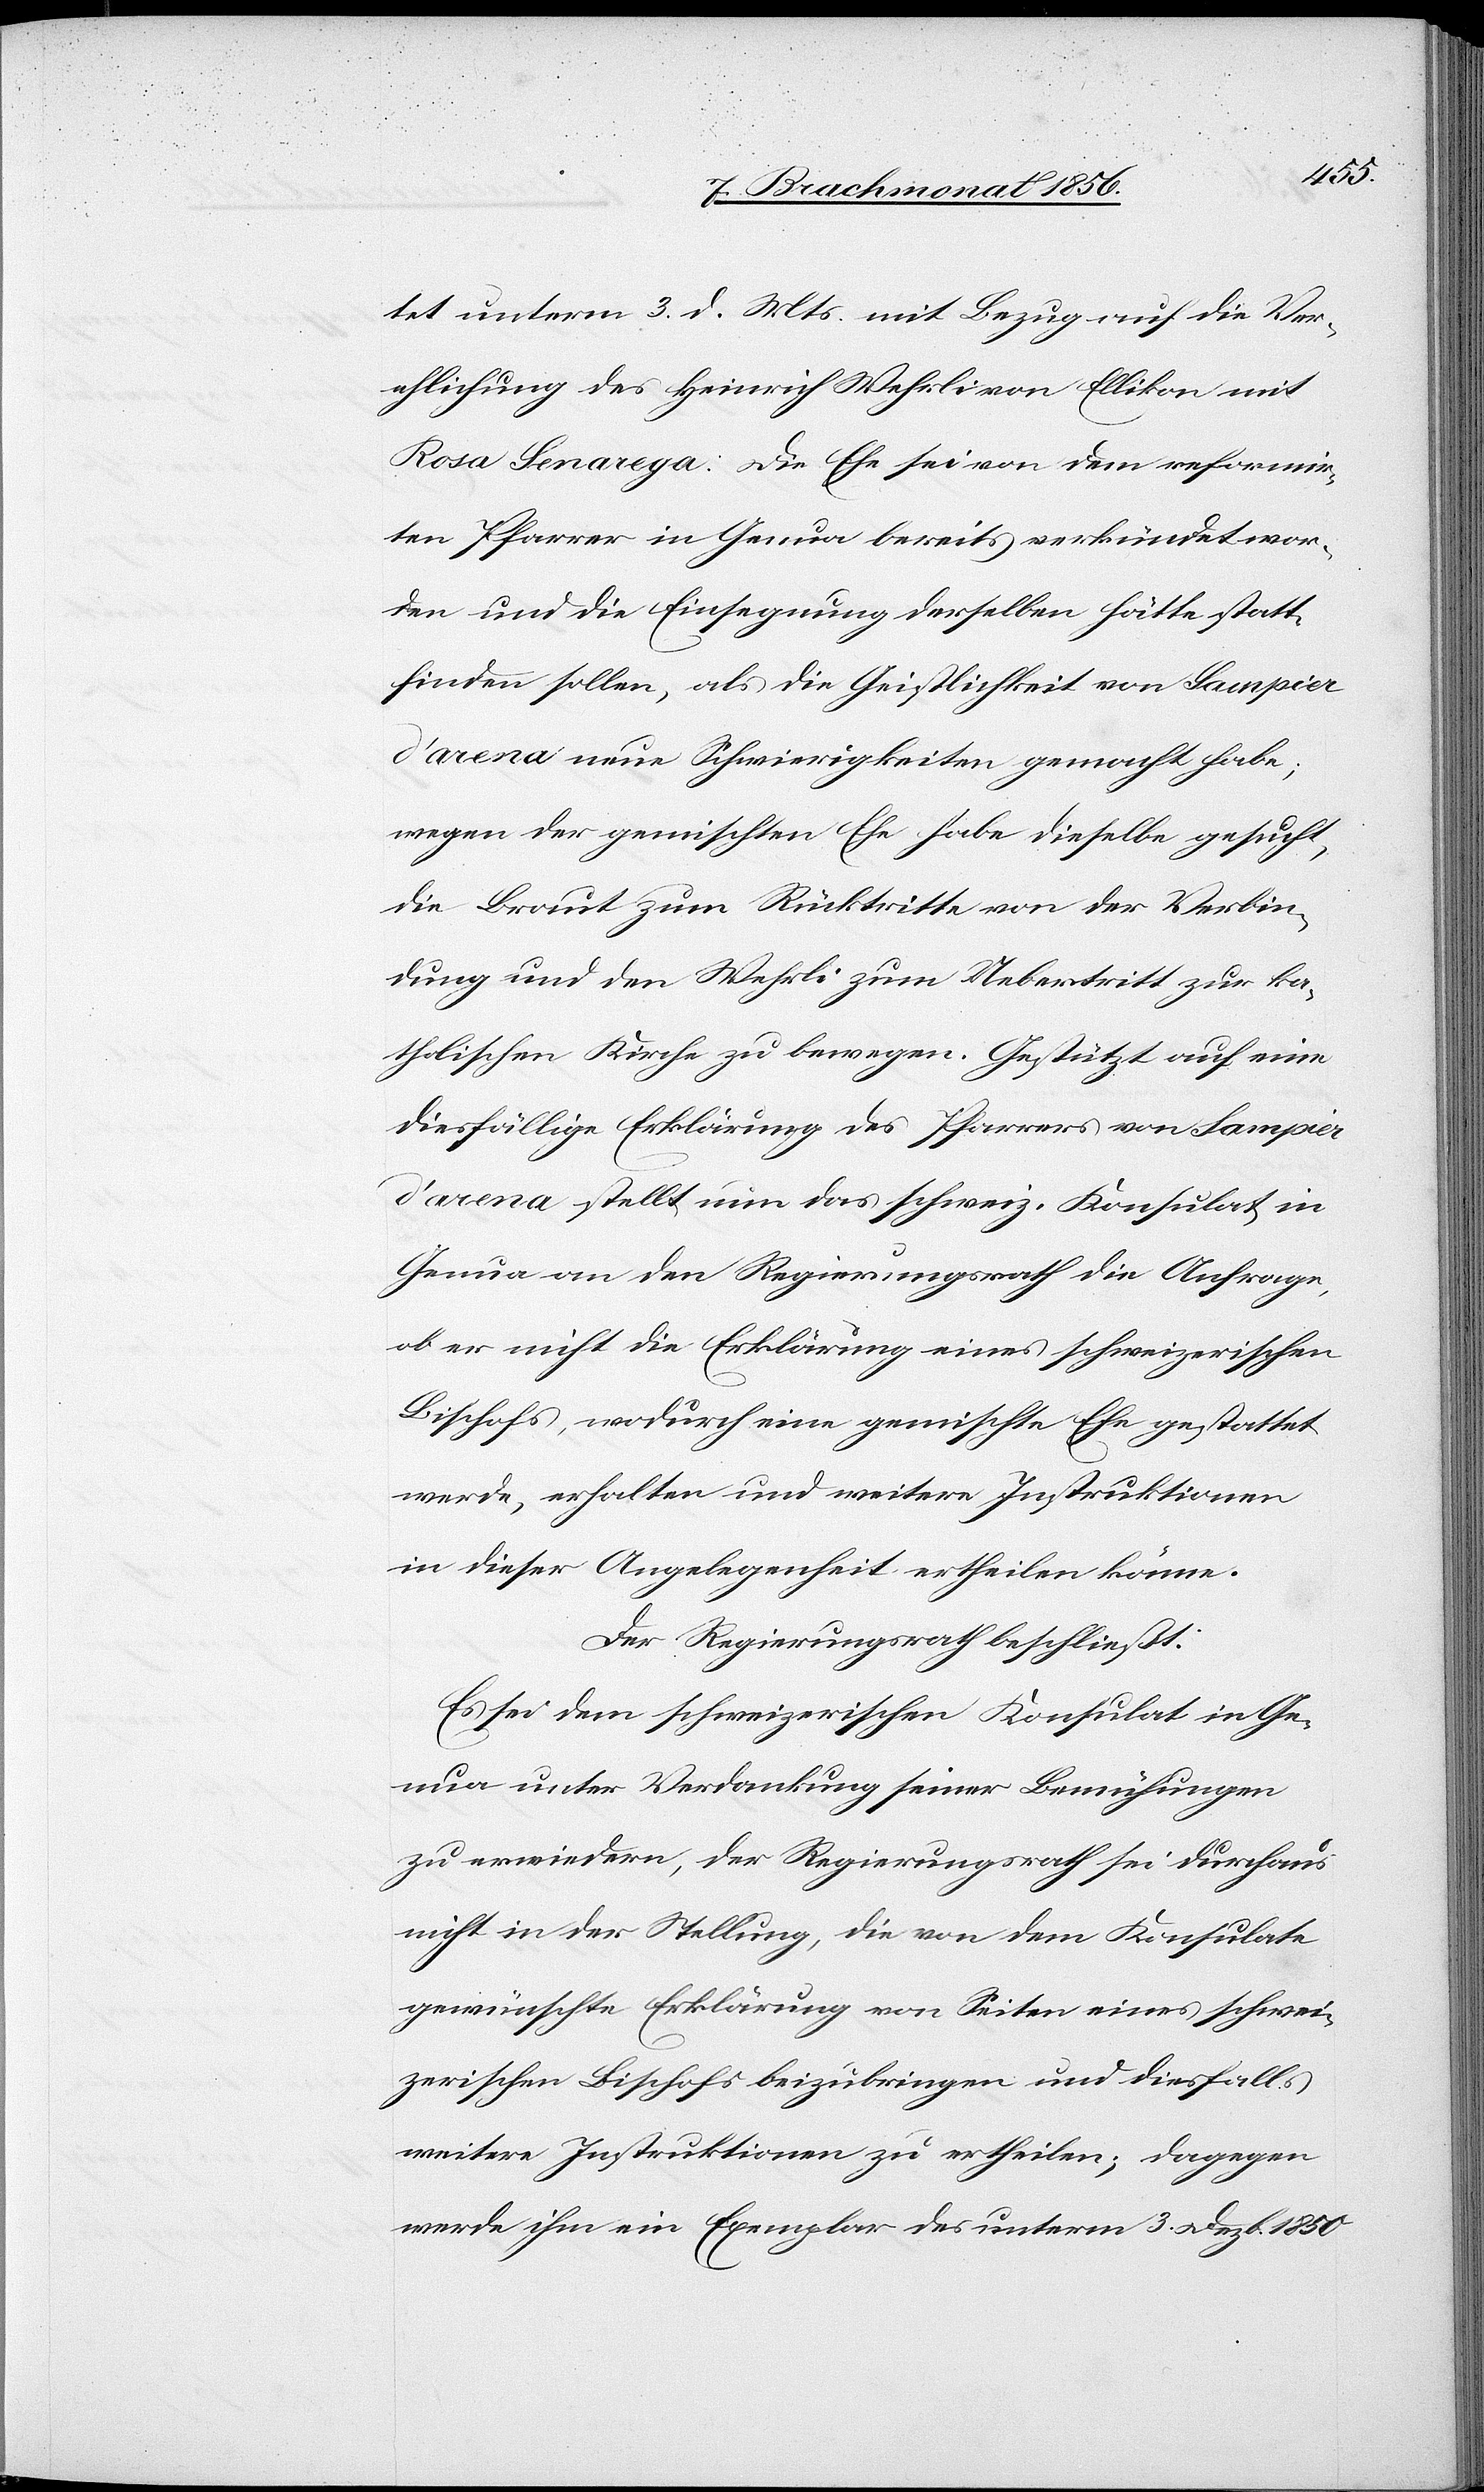
tet unterm 3. d. Mts. mit Bezug auf die Ver¬
ehlichung des Heinrich Wehrli von Ellikon mit
Rosa Senarega: Die Ehe sei von dem reformir¬
ten Pfarrer in Genua bereits verkündet wor¬
den und die Einsegnung derselben hätte statt¬
finden sollen, als die Geistlichkeit von Sampier
d'arena neue Schwierigkeiten gemacht habe;
wegen der gemischten Ehe habe dieselbe gesucht,
die Braut zum Rücktritte von der Verbin¬
dung und den Wehrli zum Uebertritt zur ka¬
tholischen Kirche zu bewegen. Gestützt auf eine
diesfällige Erklärung des Pfarrers von Sampier
d'arena stellt nun das schweiz. Konsulat in
Genua an den Regierungsrath die Anfrage,
ob er nicht die Erklärung eines schweizerischen
Bischofs, wodurch eine gemischte Ehe gestattet
werde, erhalten und weitere Instruktionen
in dieser Angelegenheit ertheilen könne.
Der Regierungsrath beschließt:
Es sei dem schweizerischen Konsulat in Ge¬
nua unter Verdankung seiner Bemühungen
zu erwiedern, der Regierungsrath sei durchaus
nicht in der Stellung, die von dem Konsulate
gewünschte Erklärung von Seiten eines schwei¬
zerischen Bischofs beizubringen und diesfalls
weitere Instruktionen zu ertheilen; dagegen
werde ihm ein Exemplar des unterm 3. Dezb. 1850